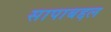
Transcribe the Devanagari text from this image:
सापाबद्दल